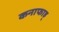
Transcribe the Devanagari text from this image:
कनाफाह्